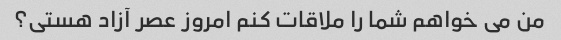
من می خواهم شما را ملاقات کنم امروز عصر آزاد هستی؟